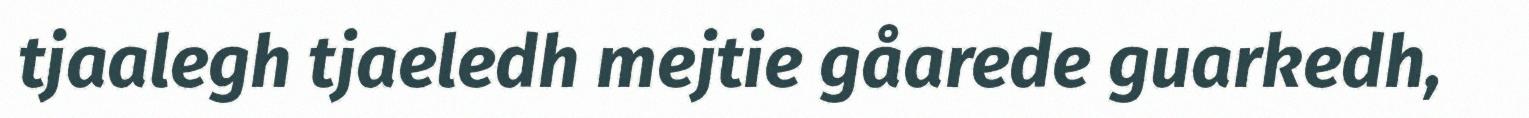
tjaalegh tjaeledh mejtie gåarede guarkedh,